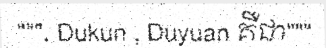
""", Dukun , Duyuan គឺជា"""